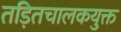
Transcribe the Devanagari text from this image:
तड़ितचालकयुक्त